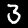
Digit: 3